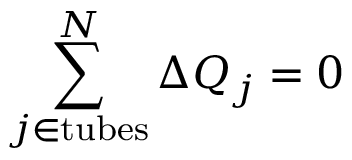
\sum _ { j \in \mathrm { { t u b e s } } } ^ { N } \Delta Q _ { j } = 0